Document type: Anniversary endowment
Year: 1486
Scribe: Bartomeu Masons
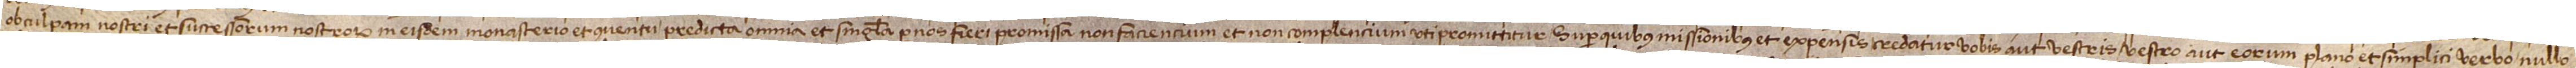
ob culpam nostri et successorum nostrorum in eisdem monasterio et conventu predicta omnia et singula per nos fieri promissa non faciencium et non complencium uti promittitur. Super quibus missionibus et expensis credatur vobis aut vestris vestro aut eorum plano et simplici verbo, nullo